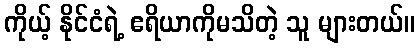
ကိုယ့် နိုင်ငံရဲ့ ဧရိယာကိုမသိတဲ့ သူ များတယ်။